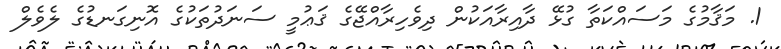
1. މަޤާމުގެ މަސައްކަތާ ގުޅޭ ދާއިރާއަކުން ދިވެހިރާއްޖޭގެ ޤަޢުމީ ސަނަދުތަކުގެ އޮނިގަނޑުގެ ލެވެލް